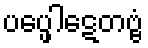
ပပ္ဖေါဋေတဗ္ဗံ